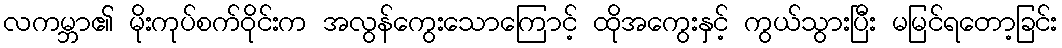
လကမ္ဘာ၏ မိုးကုပ်စက်ဝိုင်းက အလွန်ကွေးသောကြောင့် ထိုအကွေးနှင့် ကွယ်သွားပြီး မမြင်ရတော့ခြင်း